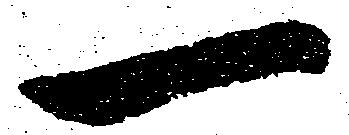
一